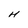
Character: H